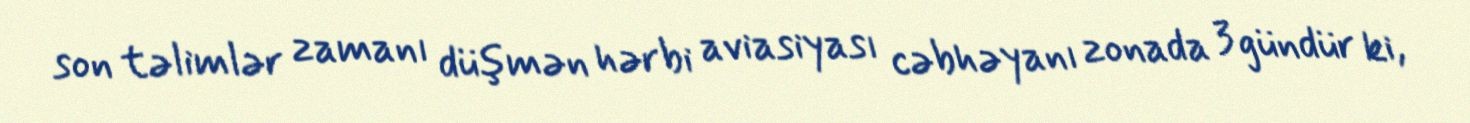
son təlimlər zamanı düşmən hərbi aviasiyası cəbhəyanı zonada 3 gündür ki,